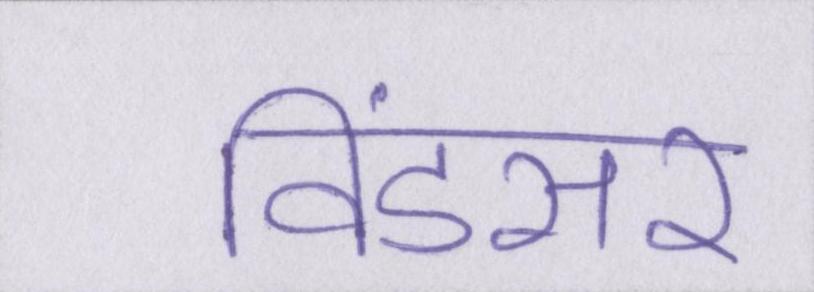
विंडसर